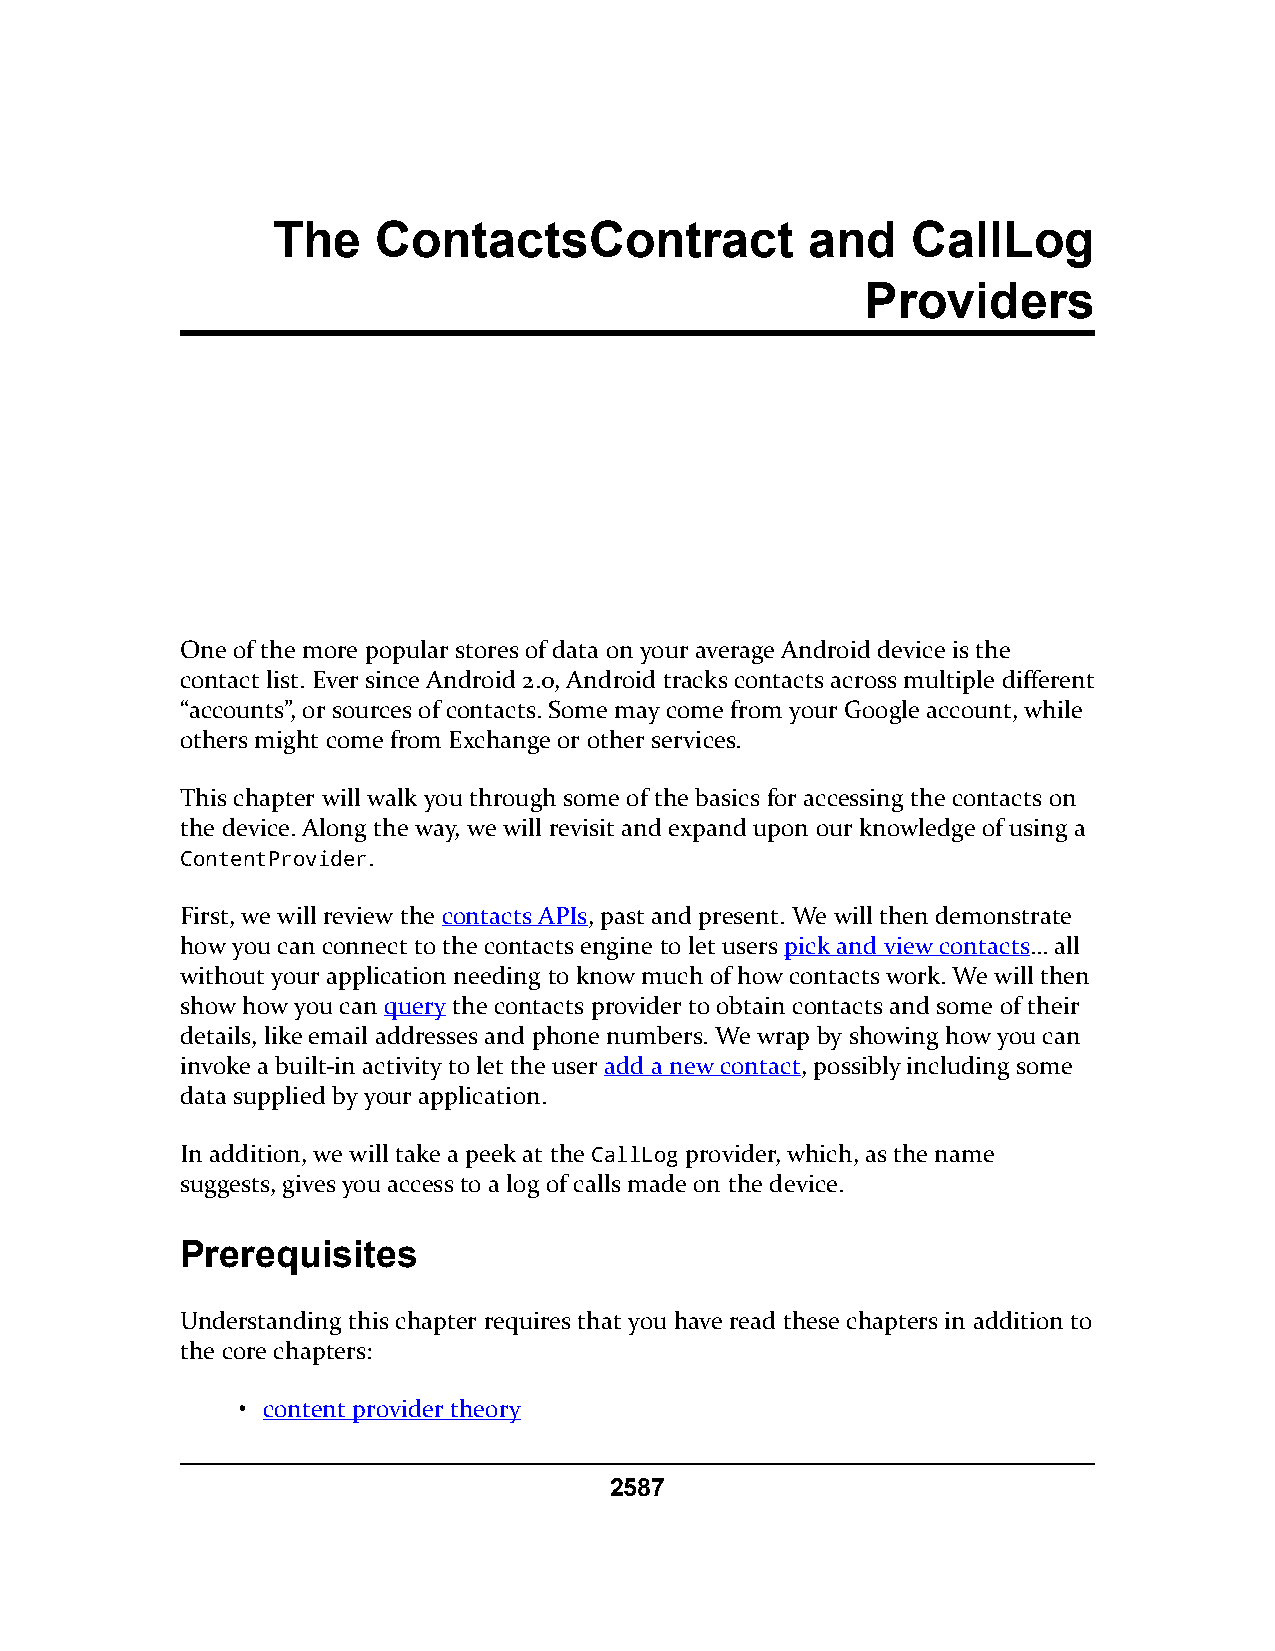
The    ContactsContract             and   CallLog
 Providers
 One of the more popular stores of data on your average Android device is the
 contact list. Ever since Android 2.0, Android tracks contacts across multiple different
 “accounts”, or sources of contacts. Some may come from your Google account, while
 others might come from Exchange or other services.
 This chapter will walk you through some of the basics for accessing the contacts on
 the device. Along the way, we will revisit and expand upon our knowledge of using a
 ContentProvider.
 First, we will review the contacts APIs, past and present. We will then demonstrate
 how you can connect to the contacts engine to let users pick and view contacts… all
 without your application needing to know much of how contacts work. We will then
 show how you can query the contacts provider to obtain contacts and some of their
 details, like email addresses and phone numbers. We wrap by showing how you can
 invoke a built-in activity to let the user add a new contact, possibly including some
 data supplied by your application.
 In addition, we will take a peek at the CallLog provider, which, as the name
 suggests, gives you access to a log of calls made on the device.
 Prerequisites
 Understanding this chapter requires that you have read these chapters in addition to
 the core chapters:
 • content provider theory
 2587